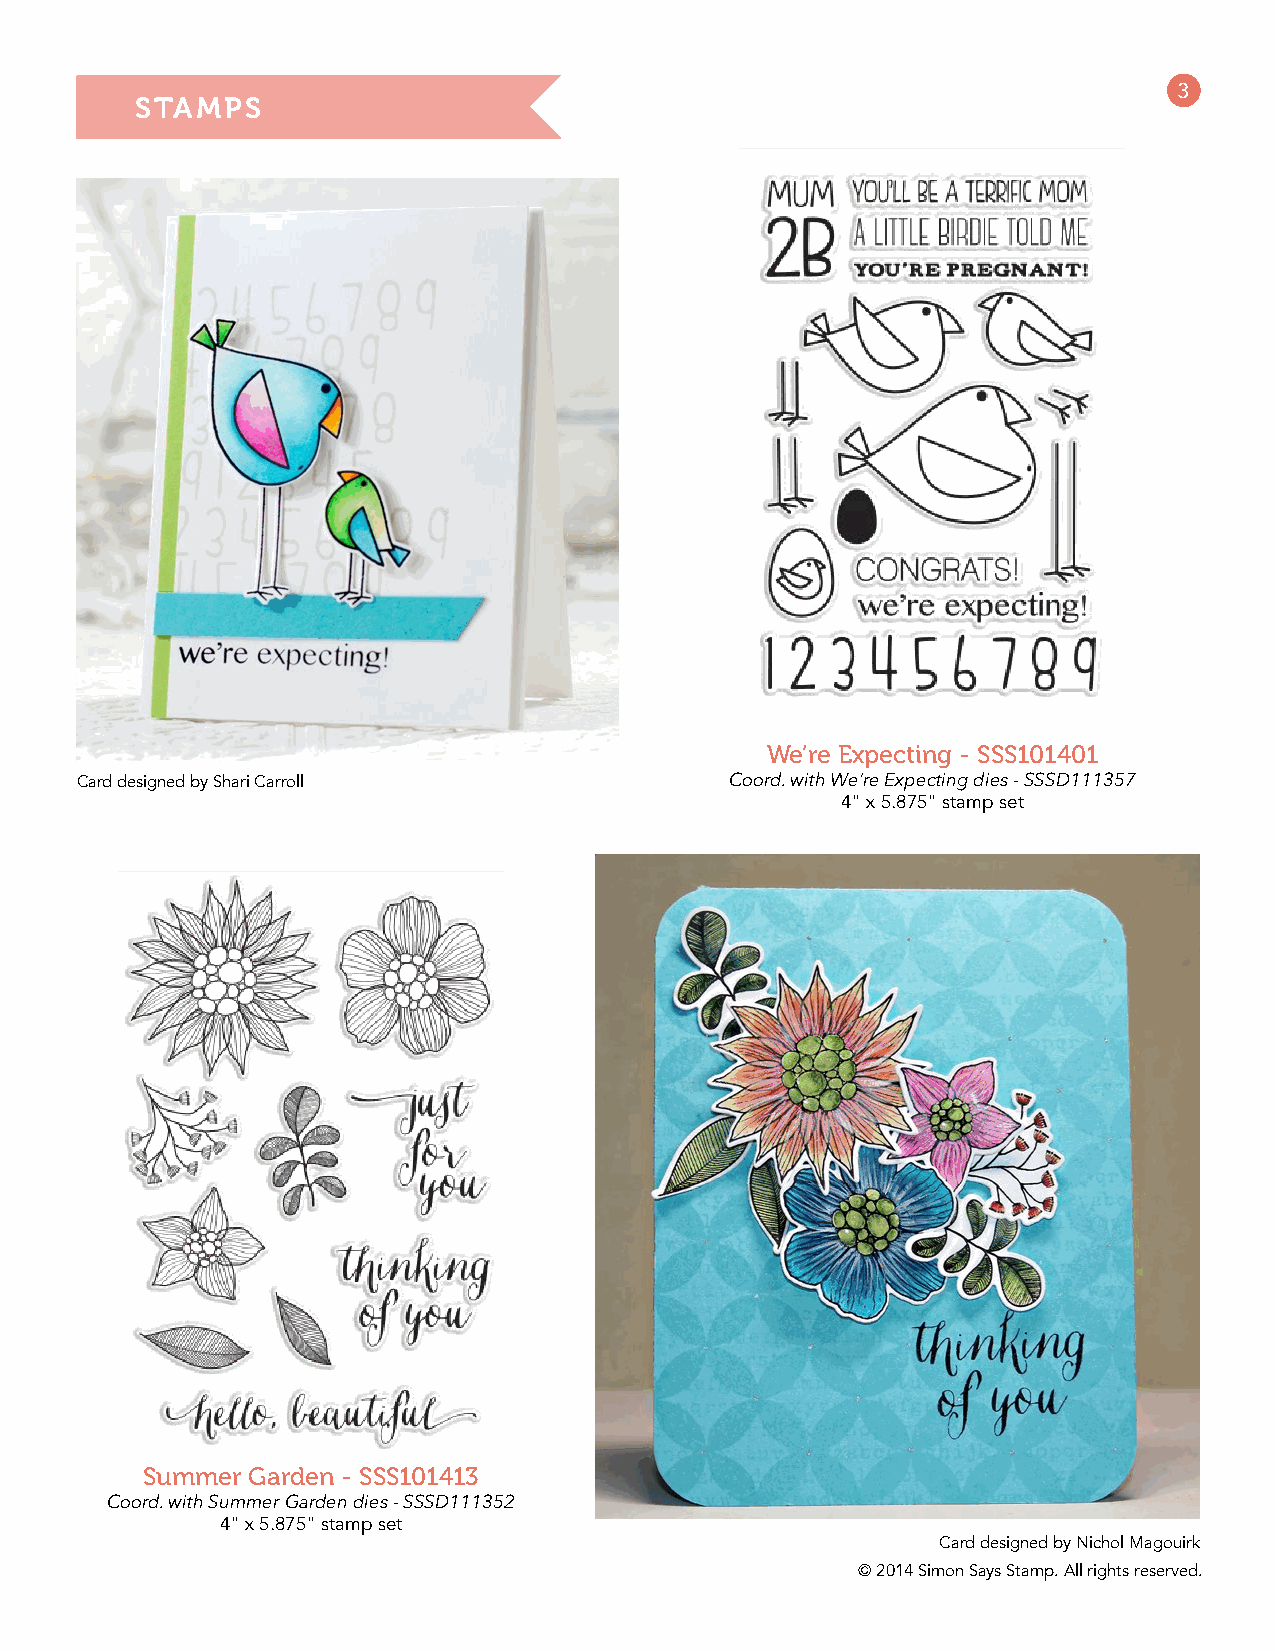
3
 STAMPS
 We’re Expecting - SSS101401
 Card designed by Shari Carroll             Coord. with We’re Expecting dies - SSSD111357
 4" x 5.875" stamp set
 Summer  Garden - SSS101413
 Coord. with Summer Garden dies - SSSD111352
 4" x 5.875" stamp set
 Card designed by Nichol Magouirk
 © 2014 Simon Says Stamp. All rights reserved.